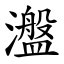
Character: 瀊